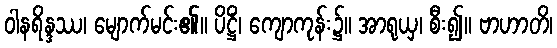
ဝါနရိန္ဒဿ၊ မျောက်မင်း၏။ ပိဋ္ဌိံ၊ ကျောကုန်း၌။ အာရုယှ၊ စီး၍။ ဗာဟာတိ၊